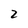
Character: 2